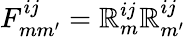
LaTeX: F_{mm^{\prime}}^{ij}=\mathbb{R}_{m}^{ij}\mathbb{R}_{m^{\prime}}^{ij}